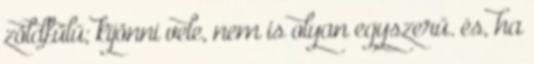
zöldfülű; kijönni vele, nem is olyan egyszerű. és, ha